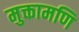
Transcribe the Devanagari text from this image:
मुक्तामणि